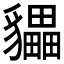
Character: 𲂧